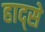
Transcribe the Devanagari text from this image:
हाद्से